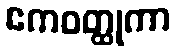
ဧကဝတ္ထုကာ